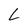
Character: L